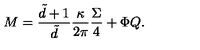
M = \frac { \tilde { d } + 1 } { \tilde { d } } \frac { \kappa } { 2 \pi } \frac { \Sigma } { 4 } + \Phi Q .